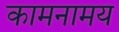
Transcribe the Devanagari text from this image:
कामनामय